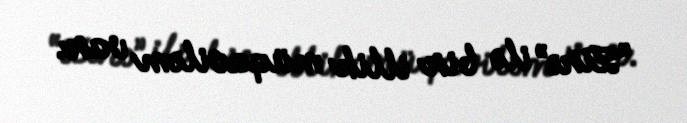
“Zirə” ilə bir illik müqaviləm var.